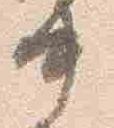
中